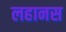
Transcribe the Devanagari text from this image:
लहानस